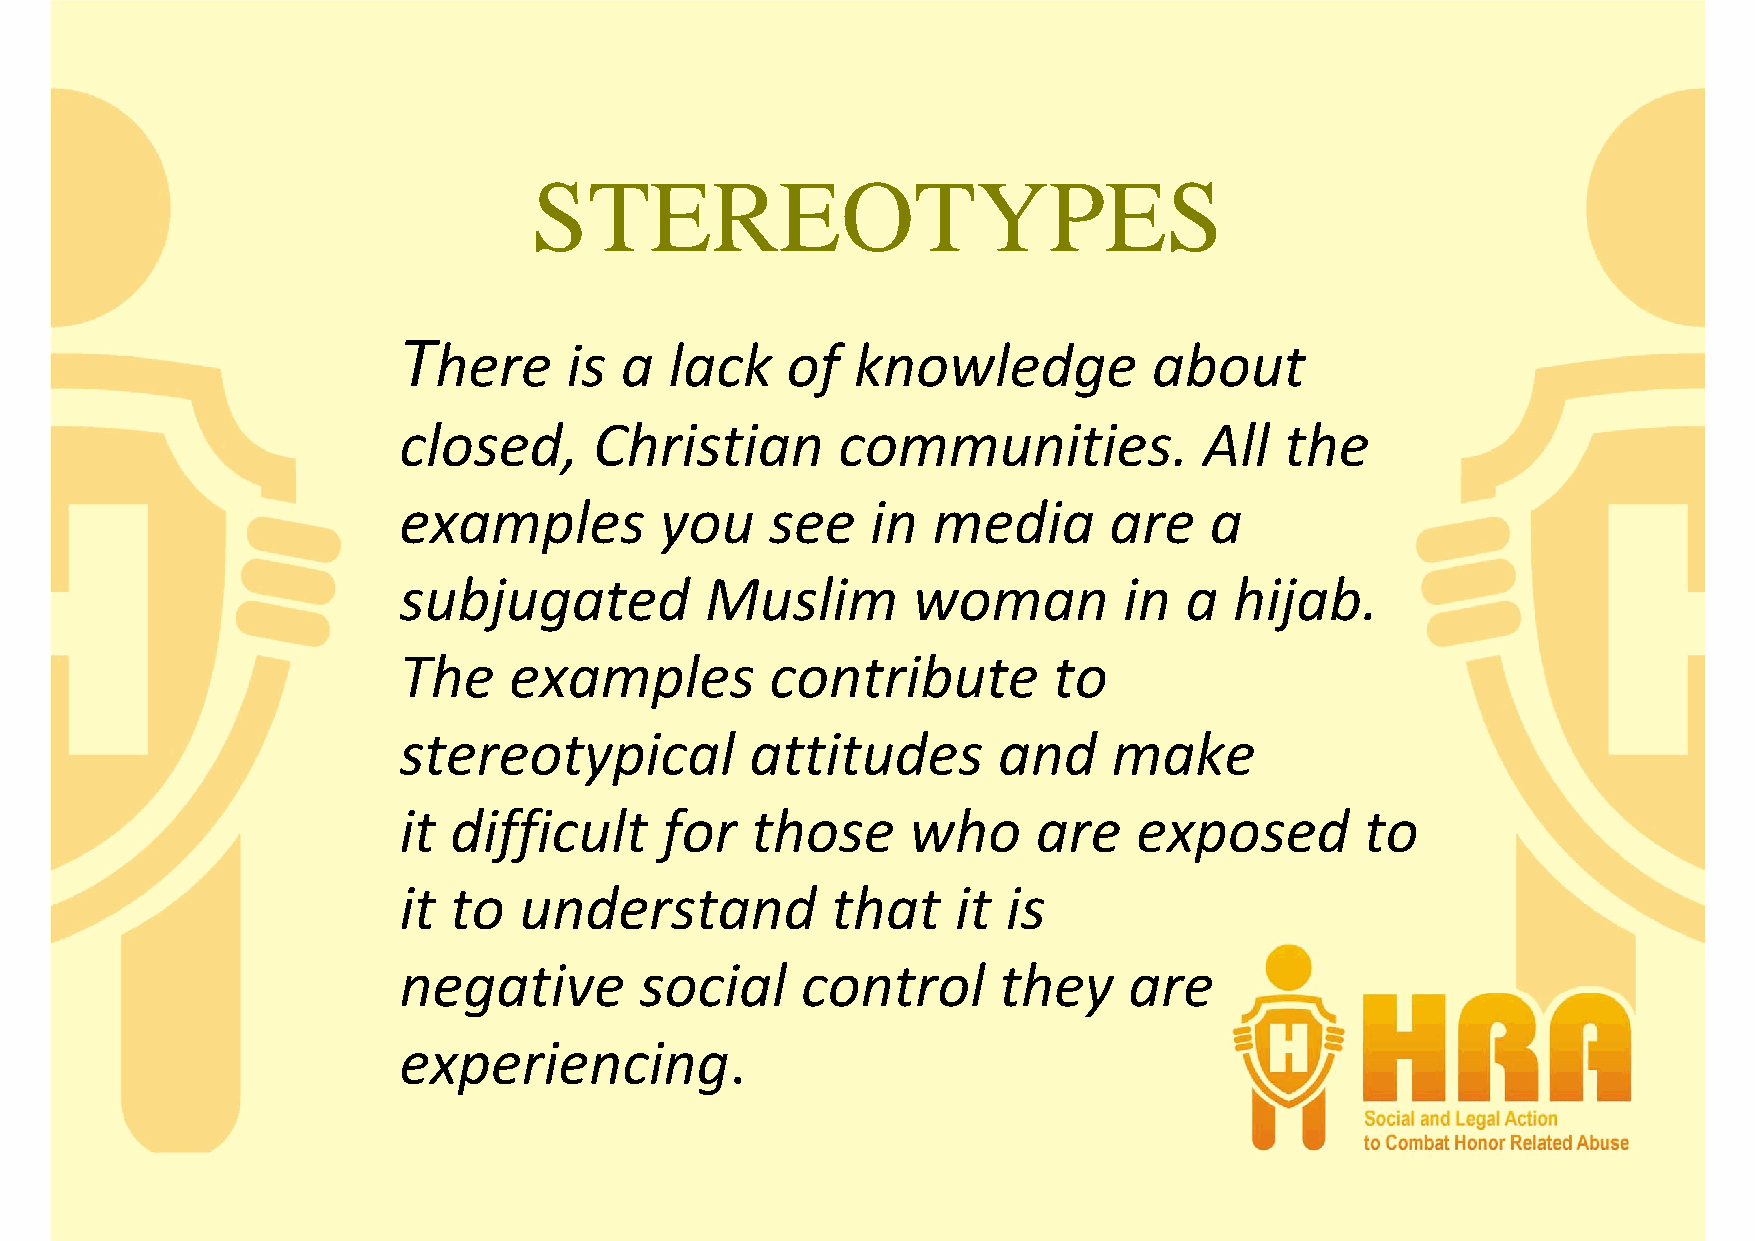
STEREOTYPES
 T
 here    is  a  lack    of  knowledge           about
 closed,      Christian       communities.             All  the
 examples          you    see    in  media      are    a
 subjugated           Muslim       woman         in  a   hijab.
 The     examples         contribute         to
 stereotypical           attitudes       and     make
 it  difficult     for   those     who      are   exposed        to
 it  to  understand           that    it  is
 negative        social     control      they     are
 experiencing.